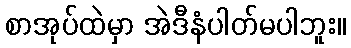
စာအုပ်ထဲမှာ အဲဒီနံပါတ်မပါဘူး။